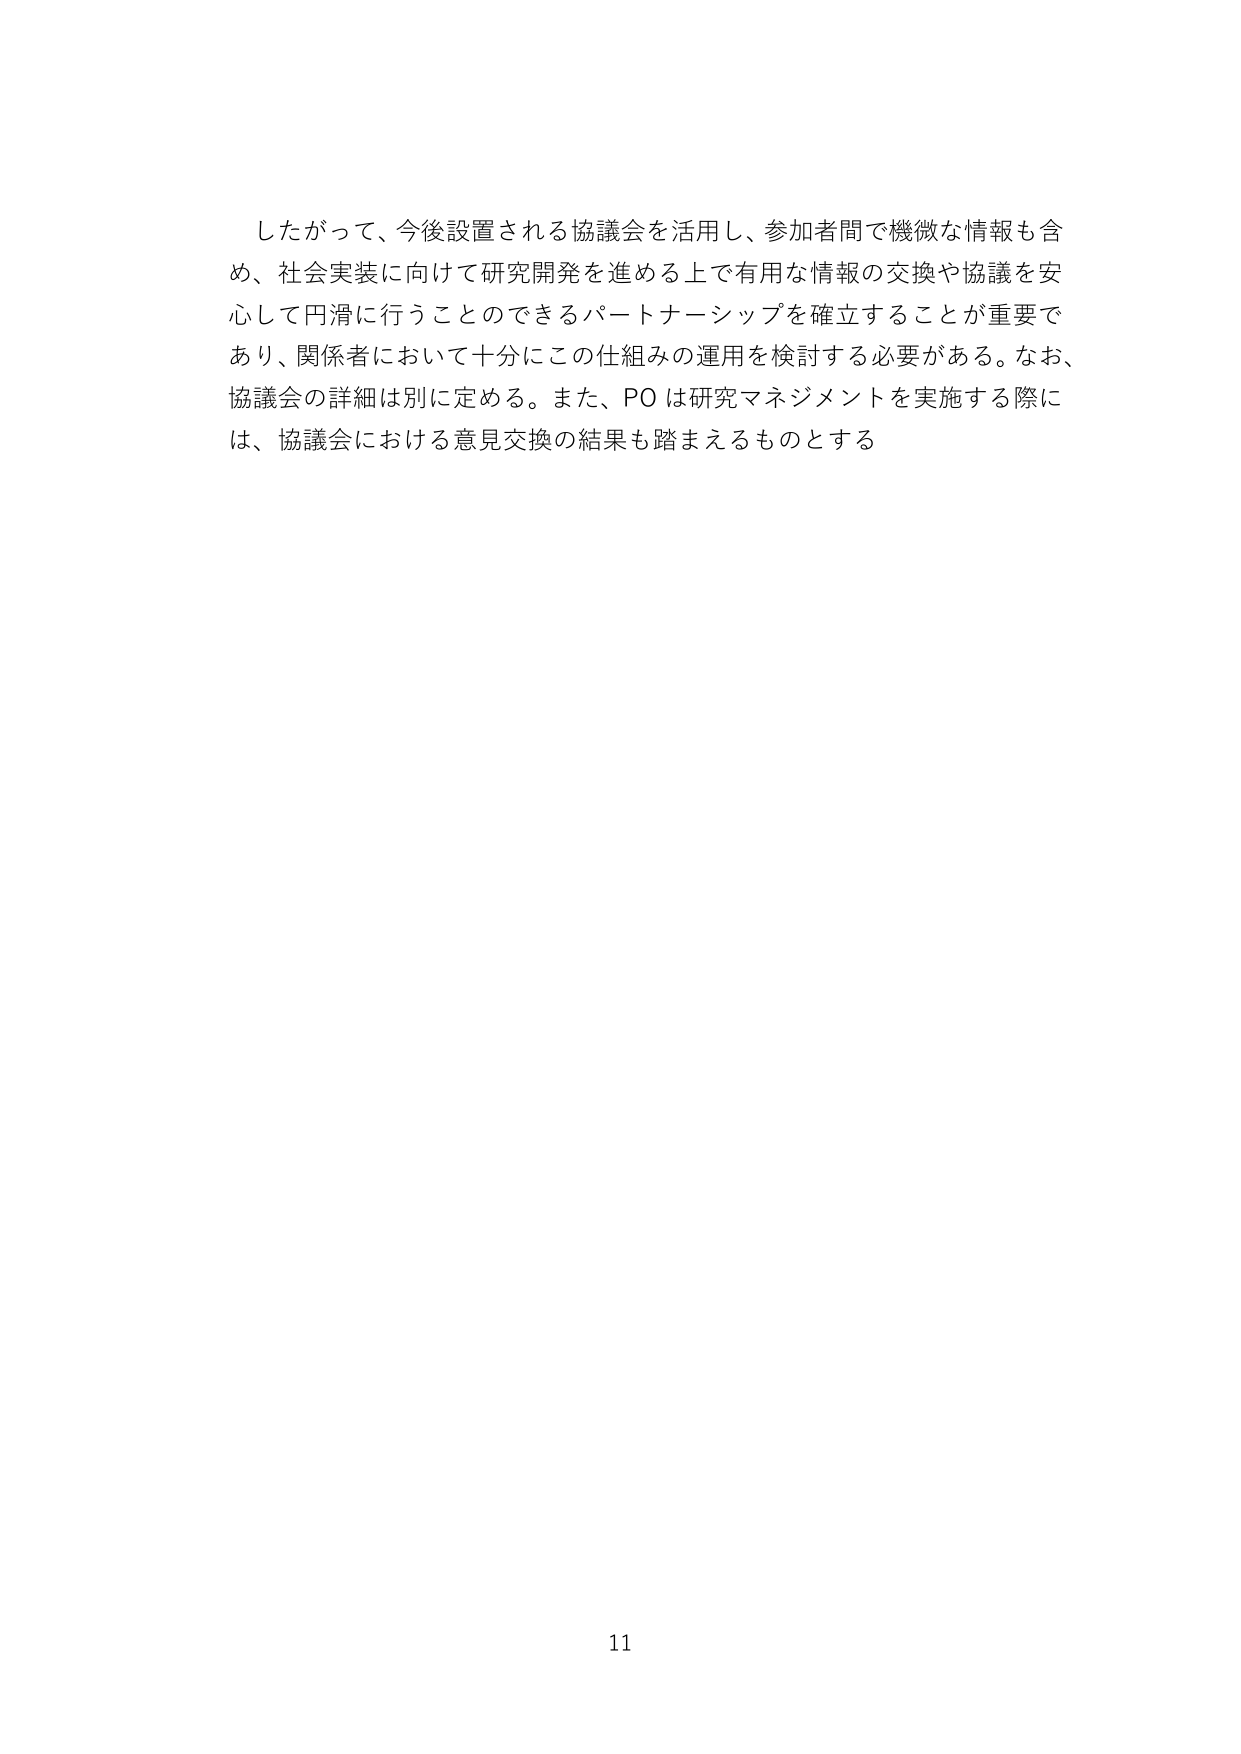
したがって、今後設置される協議会を活用し、参加者間で機微な情報も含め、社会実装に向けて研究開発を進める上で有用な情報の交換や協議を安心して円滑に行うことのできるパートナーシップを確立することが重要であり、関係者において十分にこの仕組みの運用を検討する必要がある。なお、協議会の詳細は別に定める。また、POは研究マネジメントを実施する際には、協議会における意見交換の結果も踏まえるものとする

11